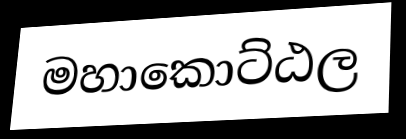
මහාකොට්ඨල